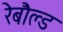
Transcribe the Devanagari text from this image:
रेबौल्ड